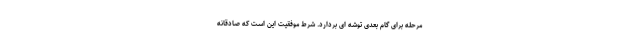
مرحله برای گام بعدی توشه ای بردارد. شرط موفقیت این است که صادقانه